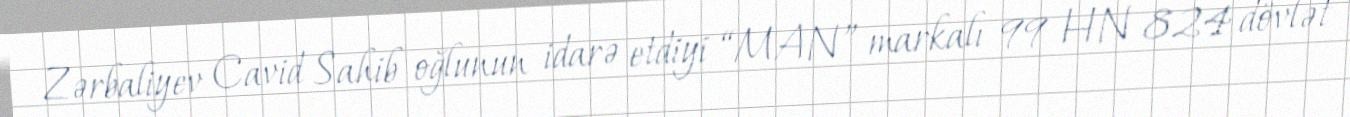
Zərbaliyev Cavid Sahib oğlunun idarə etdiyi “MAN” markalı 99 HN 824 dövlət